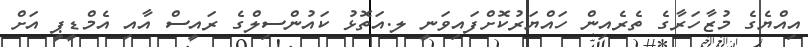
އިއްޔެގެ މުޒާހަރާގެ ތެރެއިން ހައްޔަރުކޮށްފައިވަނީ ލ.އަތޮޅު ކައުންސިލްގެ ރައީސް އާއި އެމްޑީޕީ އަށް